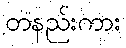
တနည်းကား